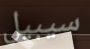
سيبيل